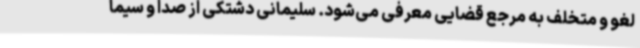
لغو و متخلف به مرجع قضایی معرفی می‌شود. سلیمانی دشتکی از صدا و سیما